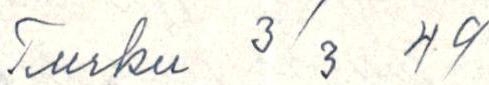
Turku 3/3 49